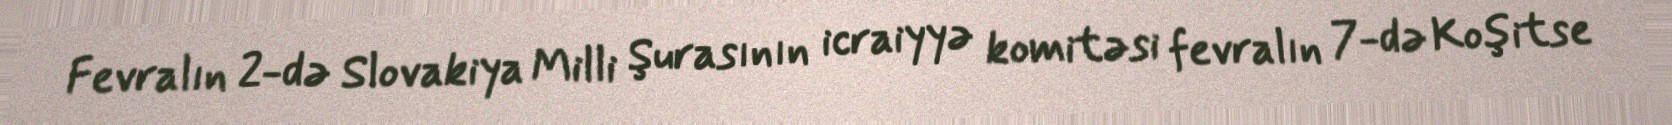
Fevralın 2-də Slovakiya Milli Şurasının icraiyyə komitəsi fevralın 7-də Koşitse